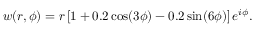
w ( r , \phi ) = r \left[ 1 + 0 . 2 \cos ( 3 \phi ) - 0 . 2 \sin ( 6 \phi ) \right] e ^ { i \phi } .